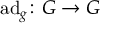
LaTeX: \operatorname { a d } _ { g } \colon G \to G